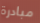
مبادرة